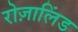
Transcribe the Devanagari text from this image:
रोज़ालिंड